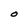
Character: O